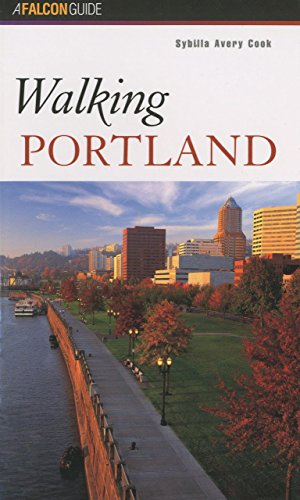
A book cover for Walking Portland (Walking Guides Series); Sybilla Avery Cook; Travel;